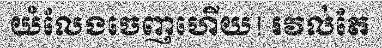
យំលែងចេញហើយ! រវល់តែ